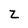
Character: Z